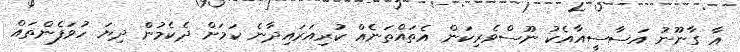
އާ ގާނޫނު އަސާސީއާއެކު ނޫސްވެރިކަން އެތައްތަނެއް ކުރިއަރައިދާނެ ކަމަށް ދެކެމުން ދިޔަ ހުވަފެންތައް